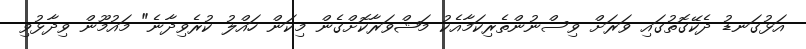
އަޅުގަނޑު ދެކޭގޮތުގައި ވަރަށް ވިސްނުންތެރިކަމާއެކު މަޝްވަރާކޮށްގެން މިކަން ހައްލު ކުރެވިދާނެ" މައުމޫން ވިދާޅުވި